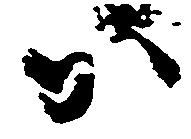
か